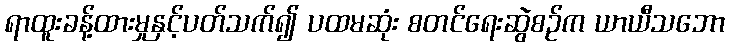
ရာထူးခန့်ထားမှုနှင့်ပတ်သက်၍ ပထမဆုံး စတင်ရေးဆွဲစဉ်က ယာယီသဘော